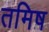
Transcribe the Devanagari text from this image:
तमिष